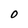
Character: O